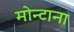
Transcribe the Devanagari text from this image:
मोन्‍टाना